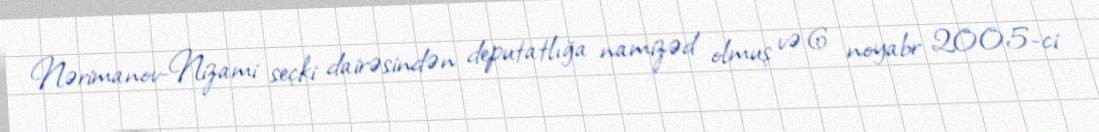
Nərimanov-Nizami seçki dairəsindən deputatlığa namizəd olmuş və 6 noyabr 2005-ci